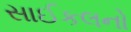
સાઈકલનો